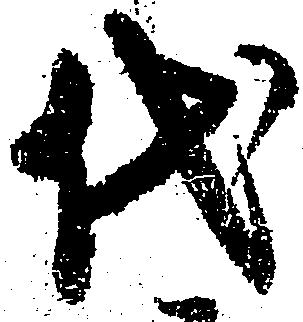
代